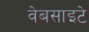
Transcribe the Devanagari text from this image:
वेबसाइटे